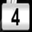
Digit: 4